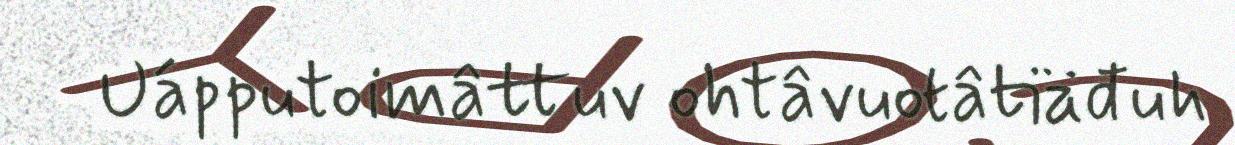
Uápputoimâttuv ohtâvuotâtiäđuh